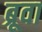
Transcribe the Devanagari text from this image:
ब्रूवा